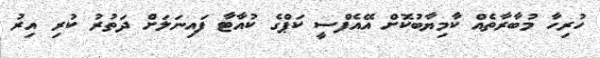
ހުރިހާ މުބާރާތެއް ކާމިޔާބުކޮށް އޭއެފްސީ ކަޕްގެ ކުއާޓާ ފައިނަލަށް ދަތުރު ކުރި އިރު